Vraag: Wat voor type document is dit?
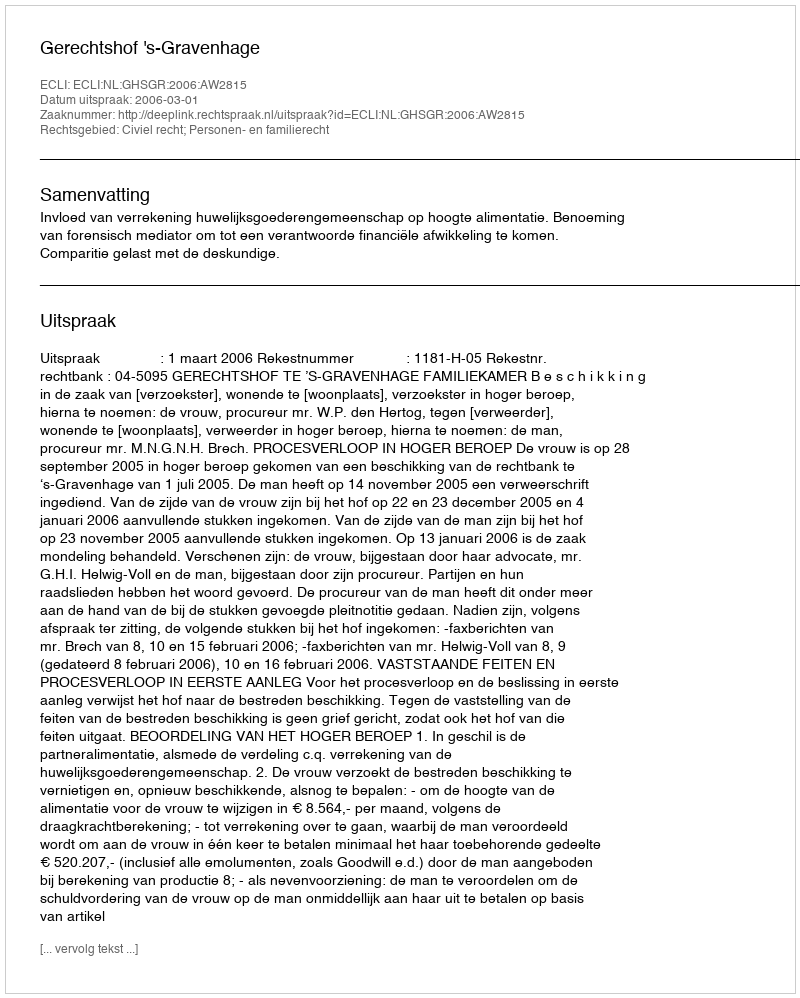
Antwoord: Uitspraak